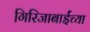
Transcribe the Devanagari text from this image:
गिरिजाबाईंच्या